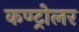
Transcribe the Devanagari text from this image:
कण्ट्रोलर